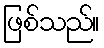
ဖြစ်သည်။